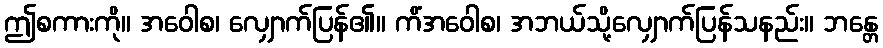
ဤစကားကို။ အဝေါစ၊ လျှောက်ပြန်၏။ ကိံအဝေါစ၊ အဘယ်သို့လျှောက်ပြန်သနည်း။ ဘန္တေ